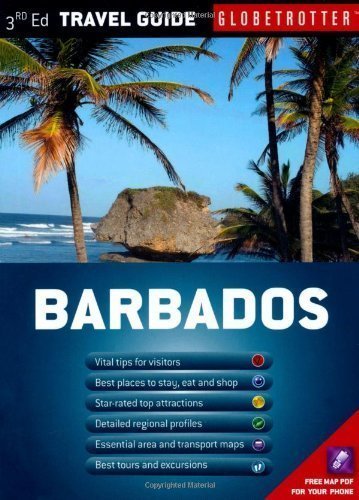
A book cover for Barbados (Globetrotter Travel Pack) of Shales, Melissa 3rd (third) Revised Edition on 01 January 2011; Travel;